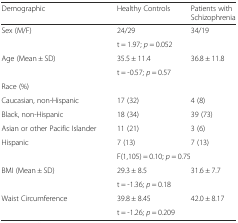
<table><thead><tr><td><b>Demographic</b></td><td><b>Healthy Controls</b></td><td><b>Patients with Schizophrenia</b></td></tr></thead><tbody><tr><td rowspan="2">Sex (M/F)</td><td>24/29</td><td>34/19</td></tr><tr><td colspan="2">t = 1.97; <i>p</i> = 0.052</td></tr><tr><td rowspan="2">Age (Mean ± SD)</td><td>35.5 ± 11.4</td><td>36.8 ± 11.8</td></tr><tr><td colspan="2">t = -0.57; <i>p</i> = 0.57</td></tr><tr><td>Race (%)</td><td colspan="2"></td></tr><tr><td>Caucasian, non-Hispanic</td><td>17 (32)</td><td>4 (8)</td></tr><tr><td>Black, non-Hispanic</td><td>18 (34)</td><td>39 (73)</td></tr><tr><td>Asian or other Pacific Islander</td><td>11 (21)</td><td>3 (6)</td></tr><tr><td>Hispanic</td><td>7 (13)</td><td>7 (13)</td></tr><tr><td></td><td colspan="2">F(1,105) = 0.10; <i>p</i> = 0.75</td></tr><tr><td rowspan="2">BMI (Mean ± SD)</td><td>29.3 ± 8.5</td><td>31.6 ± 7.7</td></tr><tr><td colspan="2">t = -1.36; <i>p</i> = 0.18</td></tr><tr><td>Waist Circumference</td><td>39.8 ± 8.45</td><td>42.0 ± 8.17</td></tr><tr><td></td><td colspan="2">t = -1.26; <i>p</i> = 0.209</td></tr></tbody></table>